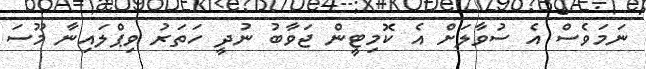
ނަމަވެސް އެ ސުވާލަށް އެ ކޮމިޓީން ޖަވާބު ނުދީ ހަތަރު ވިޕްލައިނާ މޫސަ